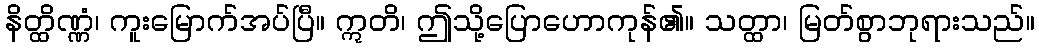
နိတ္ထိဏ္ဏံ၊ ကူးမြောက်အပ်ပြီ။ ဣတိ၊ ဤသို့ပြောဟောကုန်၏။ သတ္ထာ၊ မြတ်စွာဘုရားသည်။